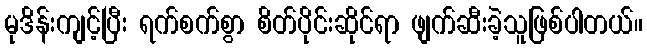
မုဒိန်းကျင့်ပြီး ရက်စက်စွာ စိတ်ပိုင်းဆိုင်ရာ ဖျက်ဆီးခဲ့သူဖြစ်ပါတယ်။